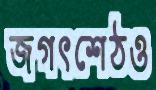
জগৎশেঠও